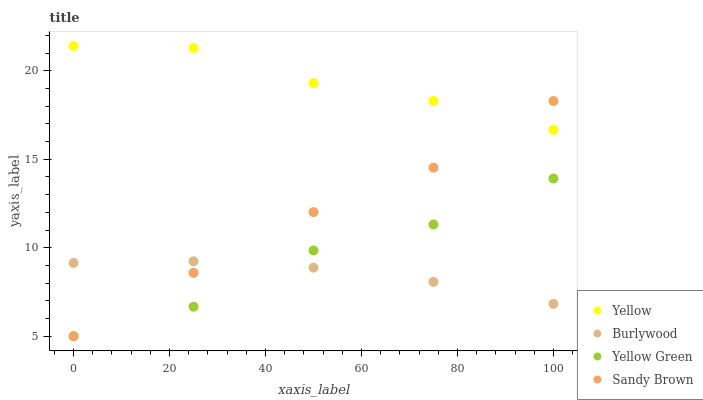
| xaxis_label | Yellow | Burlywood | Yellow Green | Sandy Brown |
 | --- | --- | --- | --- | --- |
 | 0 | 21.4 | 9.14 | 5 | 5 |
 | 25 | 21.3 | 9.23 | 6.67 | 8.58 |
 | 50 | 19.3 | 8.88 | 9.85 | 12 |
 | 75 | 18.3 | 8.08 | 11.3 | 14.5 |
 | 100 | 16.7 | 6.83 | 13.9 | 18.3 |